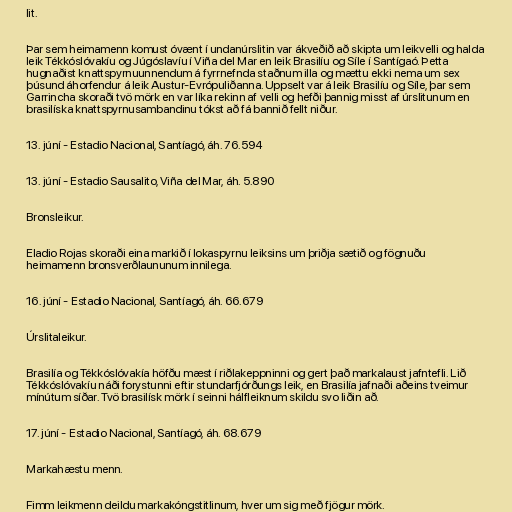
lit.

Þar sem heimamenn komust óvænt í undanúrslitin var ákveðið að skipta um leikvelli og halda
leik Tékkóslóvakíu og Júgóslavíu í Viña del Mar en leik Brasilíu og Síle í Santígaó. Þetta
hugnaðist knattspyrnuunnendum á fyrrnefnda staðnum illa og mættu ekki nema um sex
þúsund áhorfendur á leik Austur-Evrópuliðanna. Uppselt var á leik Brasilíu og Síle, þar sem
Garrincha skoraði tvö mörk en var líka rekinn af velli og hefði þannig misst af úrslitunum en
brasilíska knattspyrnusambandinu tókst að fá bannið fellt niður.

13. júní - Estadio Nacional, Santíagó, áh. 76.594

13. júní - Estadio Sausalito, Viña del Mar, áh. 5.890

Bronsleikur.

Eladio Rojas skoraði eina markið í lokaspyrnu leiksins um þriðja sætið og fögnuðu
heimamenn bronsverðlaununum innilega.

16. júní - Estadio Nacional, Santíagó, áh. 66.679

Úrslitaleikur.

Brasilía og Tékkóslóvakía höfðu mæst í riðlakeppninni og gert það markalaust jafntefli. Lið
Tékkóslóvakíu náði forystunni eftir stundarfjórðungs leik, en Brasilía jafnaði aðeins tveimur
mínútum síðar. Tvö brasilísk mörk í seinni hálfleiknum skildu svo liðin að.

17. júní - Estadio Nacional, Santíagó, áh. 68.679

Markahæstu menn.

Fimm leikmenn deildu markakóngstitlinum, hver um sig með fjögur mörk.